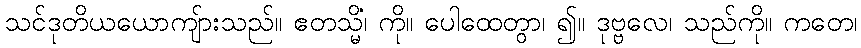
သင်ဒုတိယယောကျ်ားသည်။ ဧတသ္မိံ၊ ကို။ ပေါထေတွာ၊ ၍။ ဒုဗ္ဗလေ၊ သည်ကို။ ကတေ၊